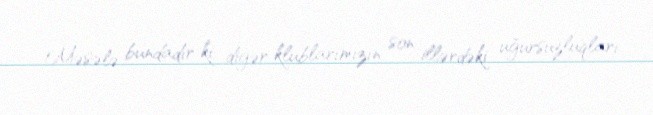
Məsələ bundadır ki, digər klublarımızın son illərdəki uğursuzluqları